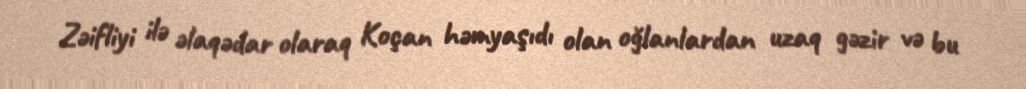
Zəifliyi ilə əlaqədar olaraq Koçan həmyaşıdı olan oğlanlardan uzaq gəzir və bu